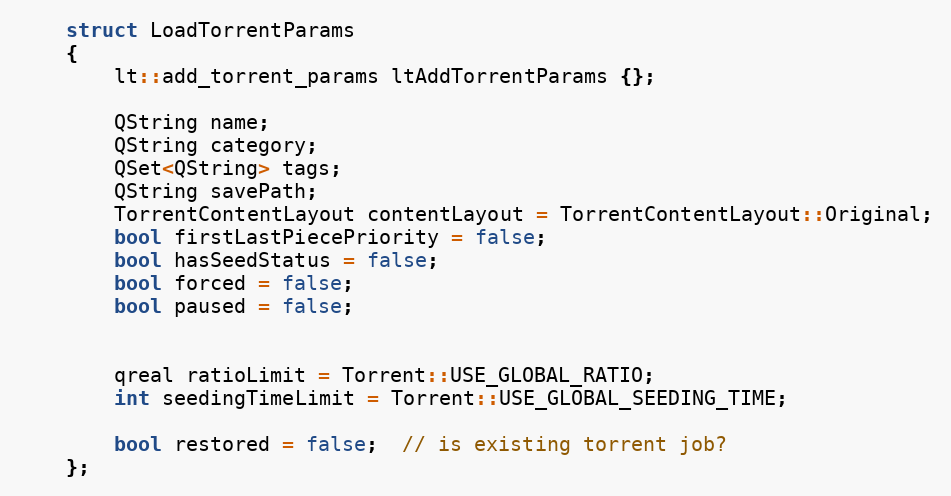
Language: C
    struct LoadTorrentParams
    {
        lt::add_torrent_params ltAddTorrentParams {};

        QString name;
        QString category;
        QSet<QString> tags;
        QString savePath;
        TorrentContentLayout contentLayout = TorrentContentLayout::Original;
        bool firstLastPiecePriority = false;
        bool hasSeedStatus = false;
        bool forced = false;
        bool paused = false;

        qreal ratioLimit = Torrent::USE_GLOBAL_RATIO;
        int seedingTimeLimit = Torrent::USE_GLOBAL_SEEDING_TIME;

        bool restored = false;  // is existing torrent job?
    };